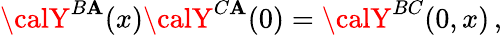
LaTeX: {\calY}^{B\mathbf{A}}(x){\calY}^{C\mathbf{A}}(0)={\calY}^{BC}(0,x)\, ,